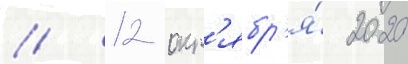
// 12 окт'ябр'я́ 2020